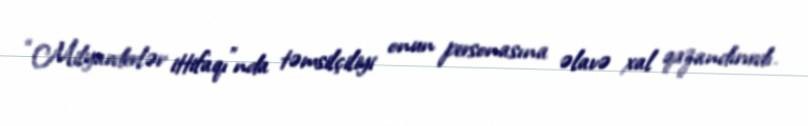
“Milyarderlər ittifaqı”nda təmsilçiliyi onun personasına əlavə xal qazandırırdı.